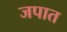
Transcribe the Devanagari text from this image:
जपात